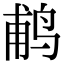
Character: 𬷕